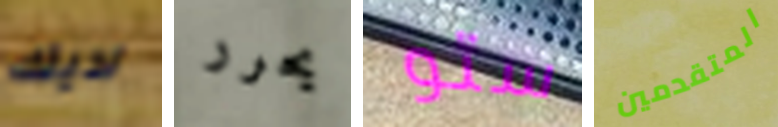
لديك يحرر ستو المتقدمين